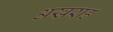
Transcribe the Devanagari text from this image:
अखराह